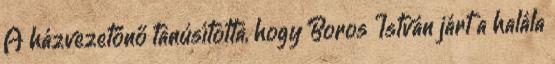
A házvezetőnő tanúsította, hogy Boros István járt a halála